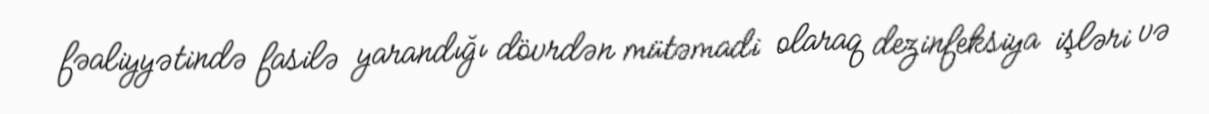
fəaliyyətində fasilə yarandığı dövrdən mütəmadi olaraq dezinfeksiya işləri və